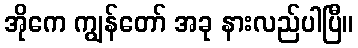
အိုကေ ကျွန်တော် အခု နားလည်ပါပြီ။